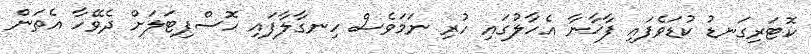
ކޮޓަރިގަނޑު ކުޑަވެފައި ފާޚާނާ އެހާލުގައި ހުރި ނަމަވެސް ހިނގާލާފައި ހޮސްޕިޓަލަށް ދެވޭހާ އެތަން